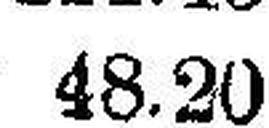
48.20